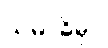
သမာဓိမှာ